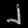
Digit: ၂